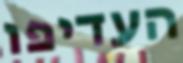
העדיפו